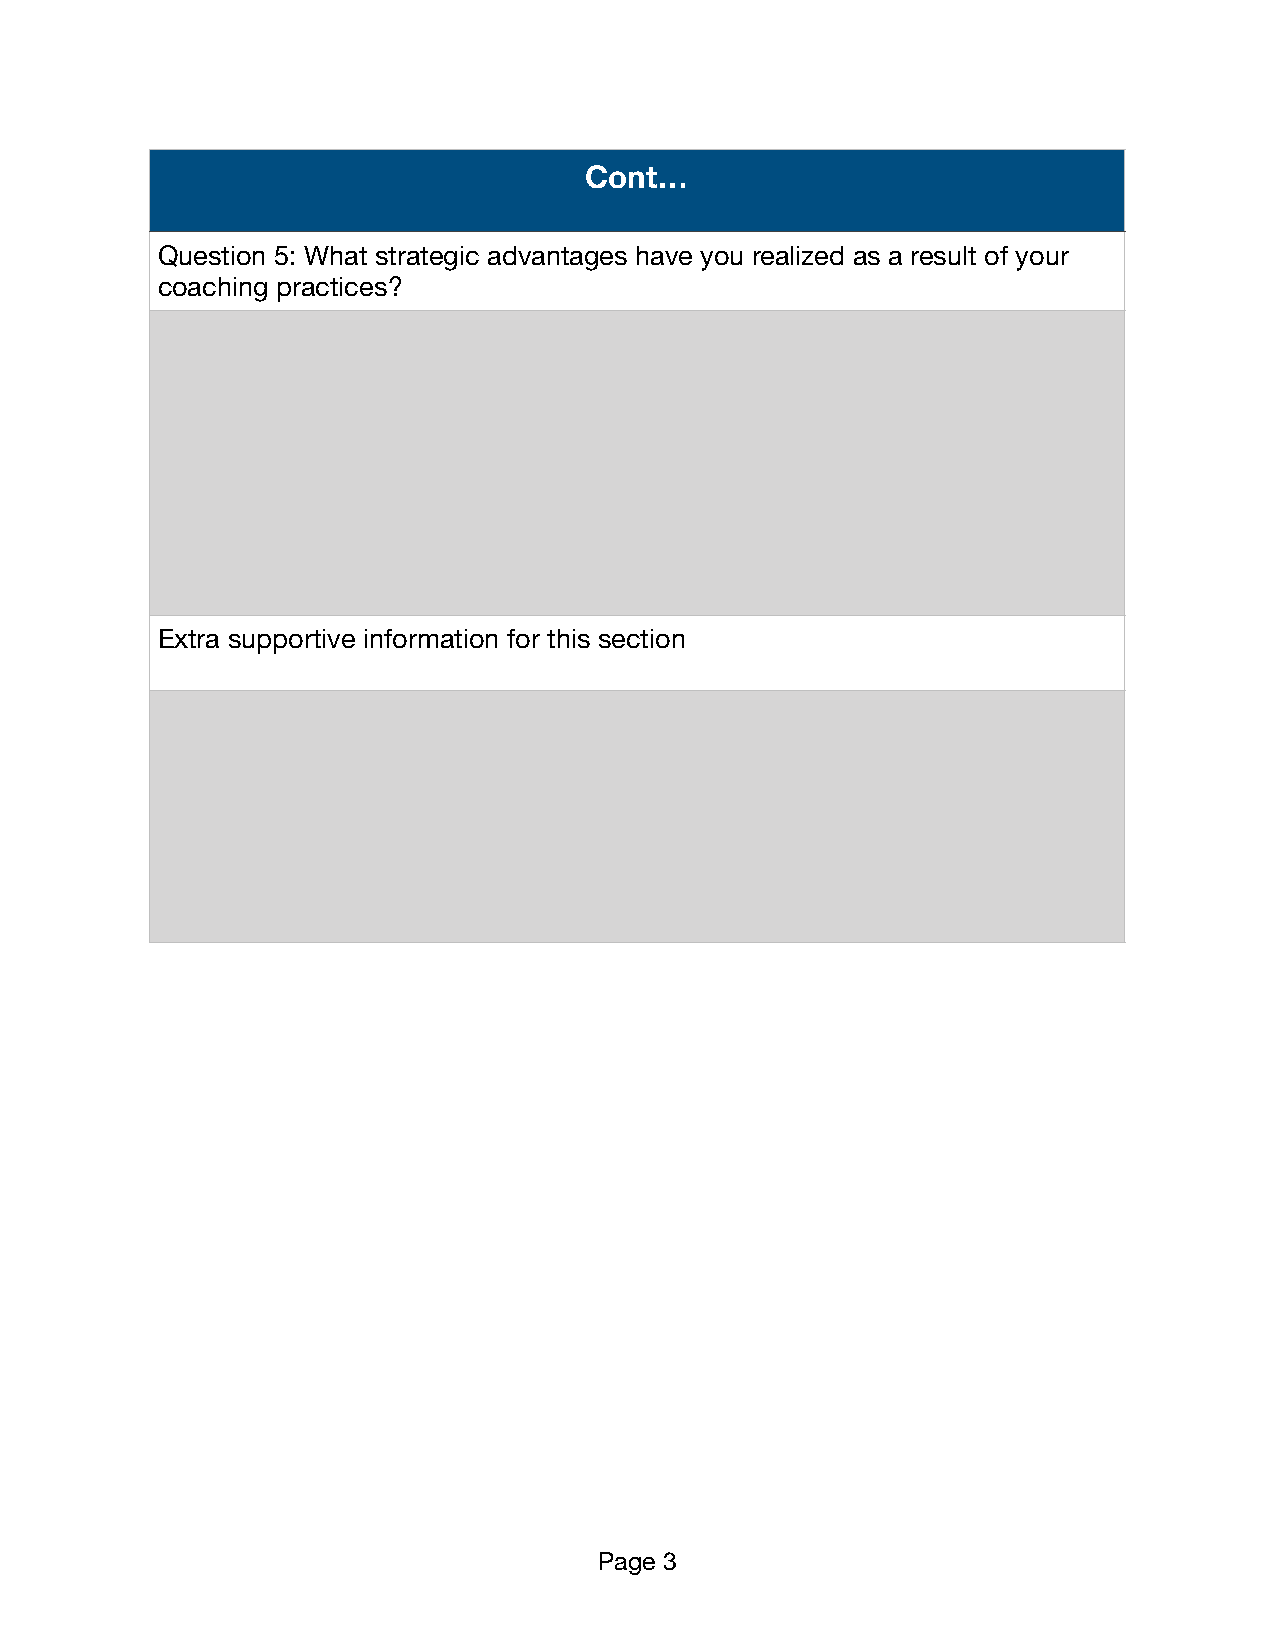
Cont…
 Question 5: What strategic advantages have you realized as a result of your
 coaching practices?
 Extra supportive information for this section
 Page 3